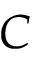
C